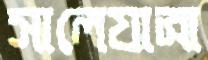
সালেযাত্রা